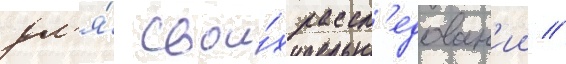
дл'я́ свои́х рассл'едован'ии //